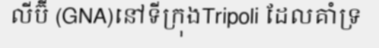
លីប៊ី (GNA)នៅទីក្រុងTripoli ដែលគាំទ្រ